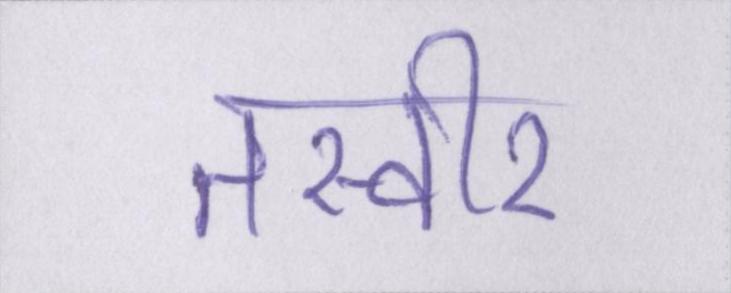
तस्वीर